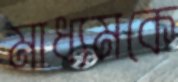
মাধ্যমকে